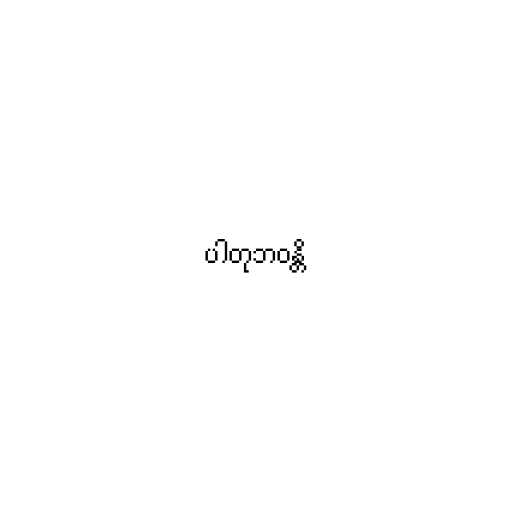
ပါတုဘဝန္တိ